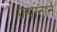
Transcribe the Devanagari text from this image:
जपानाने